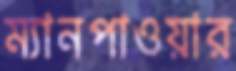
ম্যানপাওয়ার